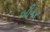
બીકર